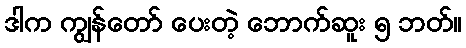
ဒါက ကျွန်တော် ပေးတဲ့ ဘောက်ဆူး ၅ ဘတ်။